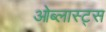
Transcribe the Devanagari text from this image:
ओब्लास्ट्स